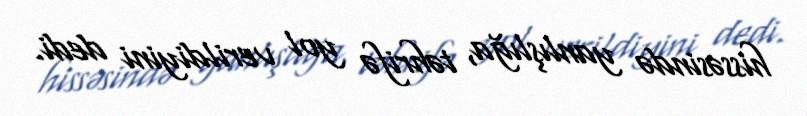
hissəsində yanlışlığa, təhrifə yol verildiyini dedi.